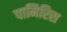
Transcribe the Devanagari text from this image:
पामिरिस